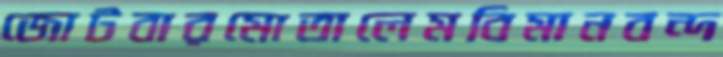
জোটবারমোতালেমবিমানবন্দ